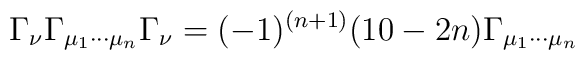
\Gamma_{\nu} \Gamma_{\mu_1 \cdots\mu_n} \Gamma_{\nu} = (-1)^{(n+1)} (10 - 2n) \Gamma_{\mu_1 \cdots\mu_n}